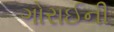
ગોરાઈની